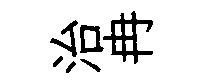
治冉